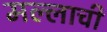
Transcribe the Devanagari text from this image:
मल्लाची